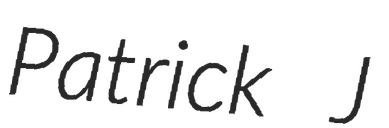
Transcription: Patrick J